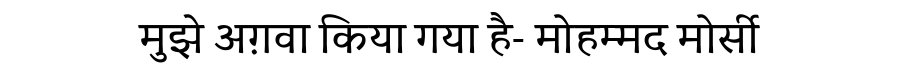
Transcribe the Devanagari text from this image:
मुझे अग़वा किया गया है- मोहम्मद मोर्सी